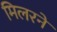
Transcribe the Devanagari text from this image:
मिलरने